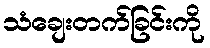
သံချေးတက်ခြင်းကို